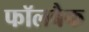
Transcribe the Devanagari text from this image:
फॉलबैक